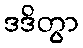
ဒဒိတွာ